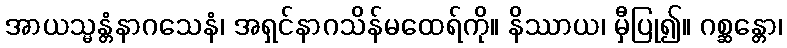
အာယသ္မန္တံနာဂသေနံ၊ အရှင်နာဂသိန်မထေရ်ကို။ နိဿာယ၊ မှီပြု၍။ ဂစ္ဆန္တော၊